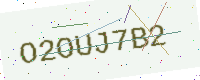
Text: O2OUJ7B2